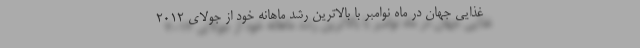
غذایی جهان در ماه نوامبر با بالاترین رشد ماهانه خود از جولای ۲۰۱۲